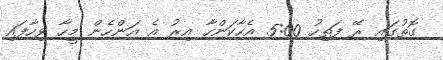
ގޮތުގައި ރޭ ފަތިހު 5:00 އެހާކަންހާ އިރު އެ އަންހެން މީހާ ވިހާފައި